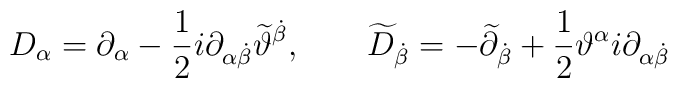
D_{\alpha} = \partial_{\alpha} - \frac{1}{2}  i \partial_{\alpha \dot{\beta}} \widetilde{\vartheta}^{\dot{\beta}}, \qquad  \widetilde{D}_{\dot{\beta}} = - \widetilde{\partial}_{\dot{\beta}}   + \frac{1}{2} \vartheta^{\alpha}  i \partial_{\alpha \dot{\beta}}